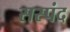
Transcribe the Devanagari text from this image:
सस्पंद